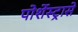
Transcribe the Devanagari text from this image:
पोर्शेस्ट्रासे